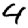
Digit: 4